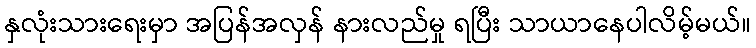
နှလုံးသားရေးမှာ အပြန်အလှန် နားလည်မှု ရပြီး သာယာနေပါလိမ့်မယ်။